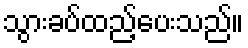
သွားခပ်ထည့်ပေးသည်။